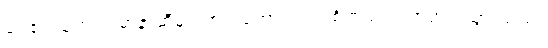
ဝေ၏ သတင်း မာနာ့ဆီမှ ကြားရတော့ လင်း စိတ်သက်သာရာ ရသွားသည်။